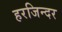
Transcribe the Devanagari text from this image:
हरजिन्दर